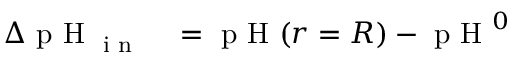
\begin{array} { r l } { \Delta \textrm { p H } _ { \textrm { i n } } } & { { } = \textrm { p H } ( r = R ) - \textrm { p H } ^ { 0 } } \end{array}